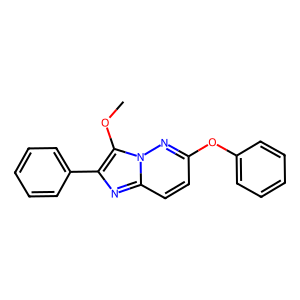
SMILES: COc1c(-c2ccccc2)nc2ccc(Oc3ccccc3)nn12
Inhibits HIV replication: No